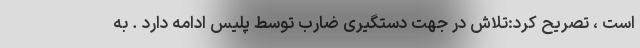
است ، تصریح کرد:تلاش در جهت دستگیری ضارب توسط پلیس ادامه دارد . به